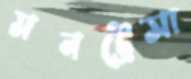
মনট্রেসা